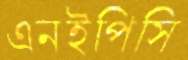
এনইপিসি